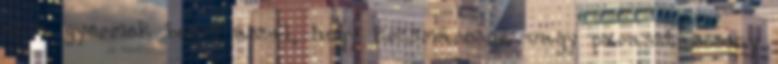
ez a gyermek beéri azzal, hogy kocsmárosné vagy parasztasszony